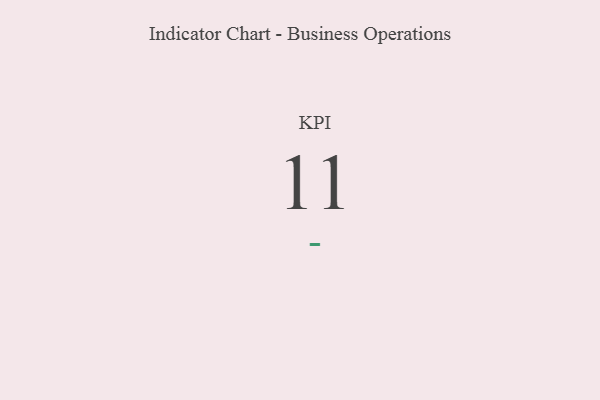
{"axis": {"x": "KPI", "y": "Value"}, "legend": [""], "data": [{"x": "KPI", "y": 11, "type": ""}]}